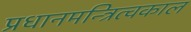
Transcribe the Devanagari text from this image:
प्रधानमन्त्रित्वकाल